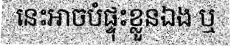
នេះអាចបំផ្ទុះខ្លួនឯង ឬ